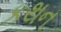
કથન